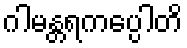
ဂါမန္တရကပ္ပေါတိ